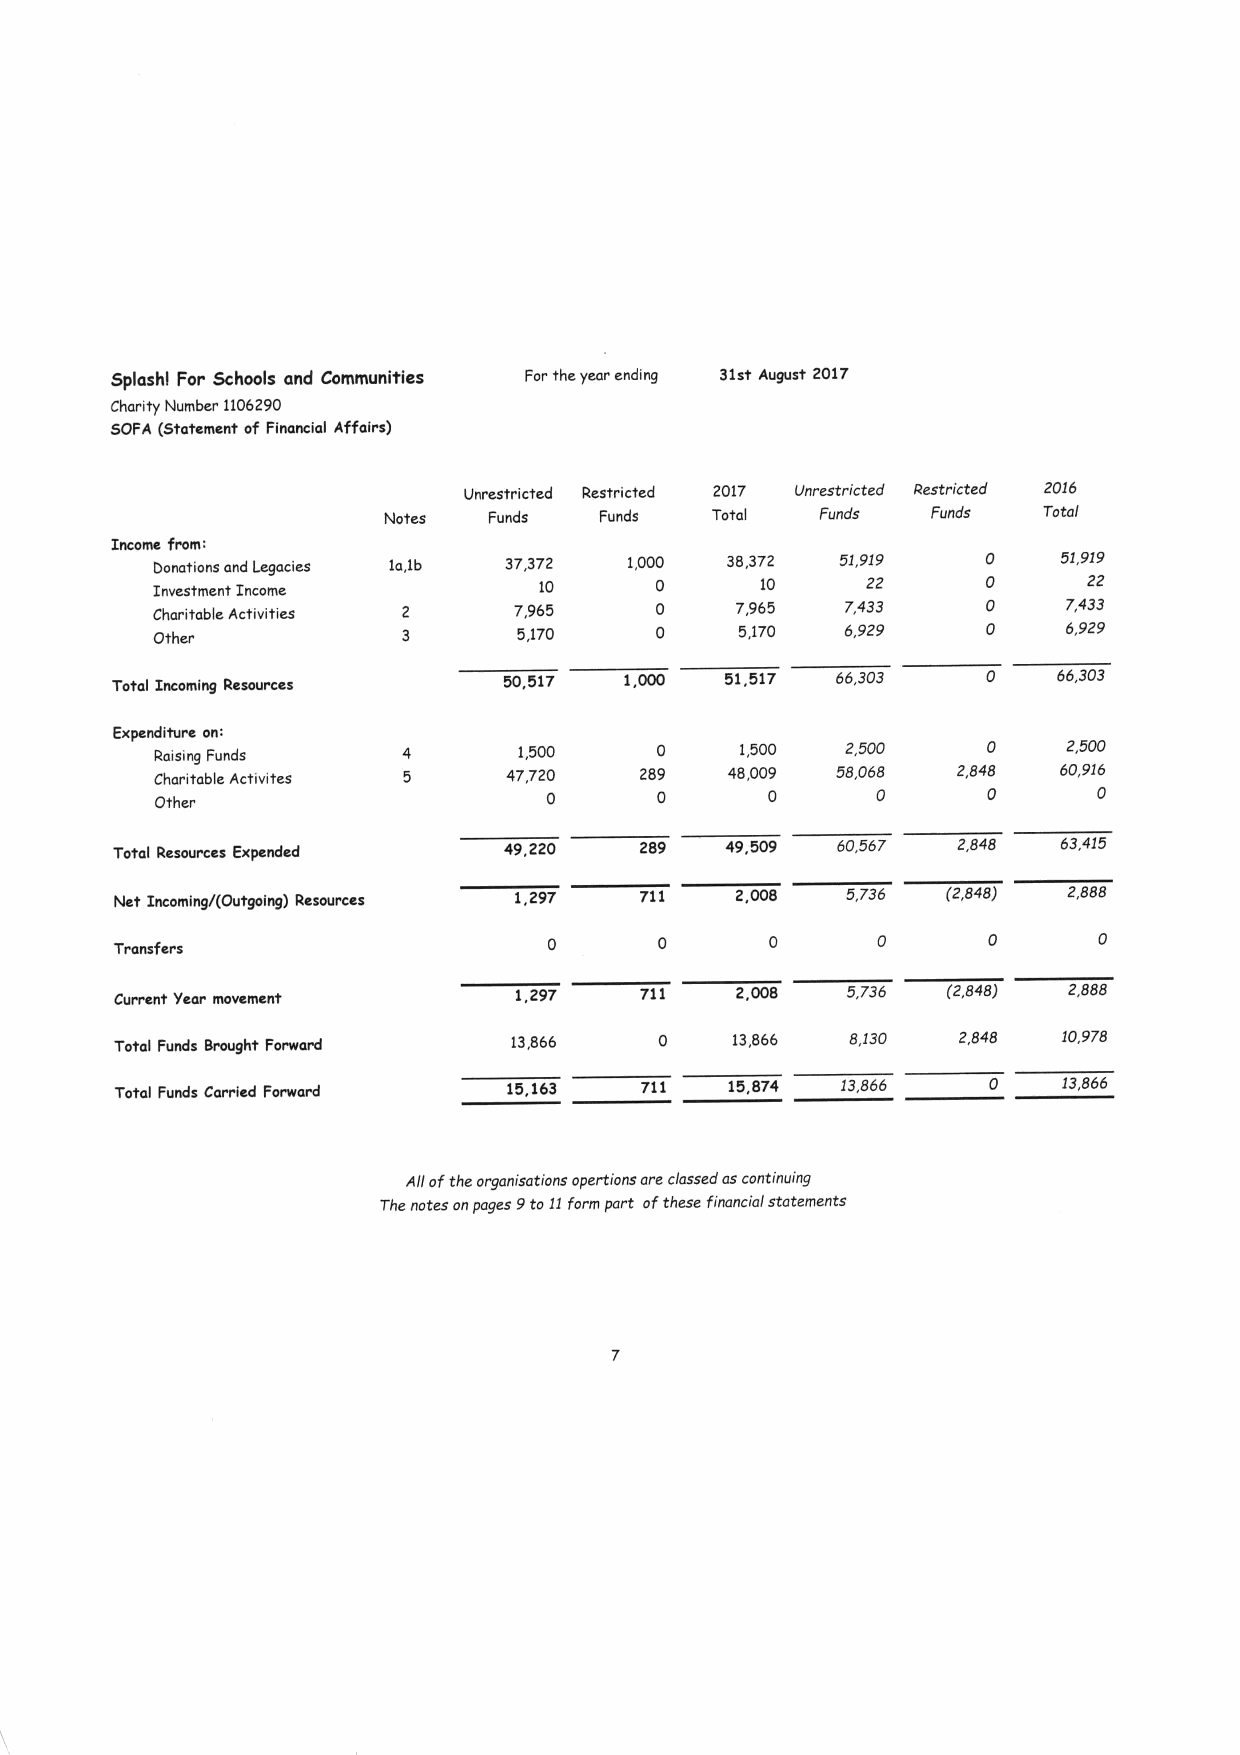
Splashl For Schools and Communities For the year ending 31st August 2017
 Charity Number 1106290
 SOFA (Statement of Financial Affairs)
 Unrestricted Restricted 2017 Unrestricted Restricted 2016
 Notes  Funds   Funds  Total  Funds   Funds  Total
 Income from:
 Bonations and Legacies la,1b 37,372 1,000 38,372 51,919 0   51,919
 Investment Income         10     0      10     zz      0      22
 Charitable Activities   7,965    0     7,965  7,433    0     7,433
 Other                   5,170    0     5,170  6,929    0     6,929
 Total Incoming Resources
 50,517         51,517 66,303    0    66,303
 Expenditure on:
 Raising Funds           1,500    0     1,500  2,500    0     2,500
 Charitable Activites    47,720  289   48,009 58,068  2,848  60,916
 Other                     0      0       0      0      0       0
 Total Rcsourccs Expended  49,220   289   49,509 60,567  2,848  63,415
 Net Incoming/(Outgoing) Resources 1,297 711 2,008 5,736 (2,848) 2,888
 0       0
 Transfers
 Current Year movemcnt     1,297   711    2,008  5736   (2848)  2888
 Total Funds Brought Forward 13,866  0   13,866  8,130  2,848  10,978
 Total Funds Carried Forward 15,163 711  15,874  13,866   0    13,866
 Allofthe organisations opertions are classed ascontinuing
 The notes onpages 9to11form part ofthese financial statements